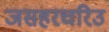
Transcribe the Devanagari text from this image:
जसहरचरिउ